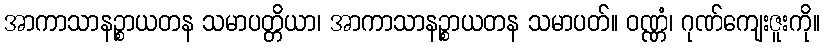
အာကာသာနဉ္စာယတန သမာပတ္တိယာ၊ အာကာသာနဉ္စာယတန သမာပတ်။ ဝဏ္ဏံ၊ ဂုဏ်ကျေးဇူးကို။